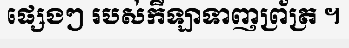
ផ្សេងៗ របស់កីឡាទាញព្រ័ត្រ ។